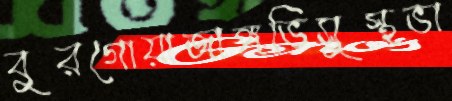
বুরগোয়াজাঙ্গভিসুস্থভা